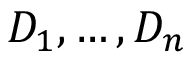
D _ { 1 } , \dots , D _ { n }